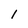
Character: l